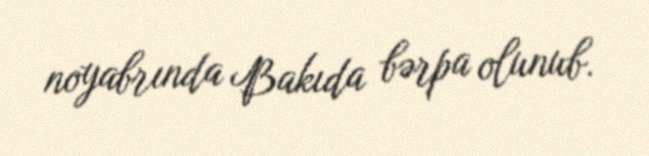
noyabrında Bakıda bərpa olunub.